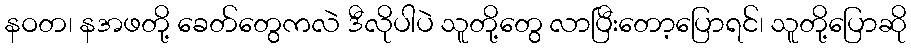
နဝတ၊ နအဖတို့ ခေတ်တွေကလဲ ဒီလိုပါပဲ သူတို့တွေ လာပြီးတော့ပြောရင်၊ သူတို့ပြောဆို